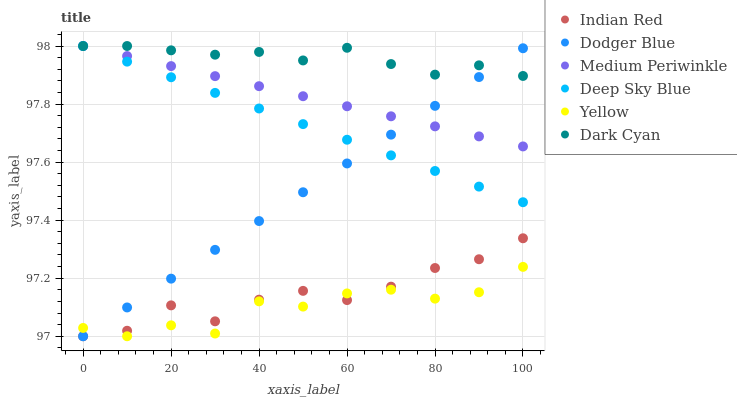
| xaxis_label | Indian Red | Dodger Blue | Medium Periwinkle | Deep Sky Blue | Yellow | Dark Cyan |
 | --- | --- | --- | --- | --- | --- | --- |
 | 0 | 97 | 97 | 98 | 98 | 97 | 98 |
 | 10 | 97 | 97.1 | 98 | 97.9 | 97 | 98 |
 | 20 | 97.1 | 97.2 | 97.9 | 97.9 | 97 | 98 |
 | 30 | 97.1 | 97.3 | 97.9 | 97.8 | 97 | 98 |
 | 40 | 97.1 | 97.4 | 97.9 | 97.8 | 97.1 | 98 |
 | 50 | 97.2 | 97.5 | 97.8 | 97.7 | 97.1 | 98 |
 | 60 | 97.1 | 97.6 | 97.8 | 97.7 | 97.1 | 98 |
 | 70 | 97.2 | 97.7 | 97.8 | 97.6 | 97.2 | 97.9 |
 | 80 | 97.2 | 97.8 | 97.7 | 97.6 | 97.1 | 97.9 |
 | 90 | 97.3 | 97.9 | 97.7 | 97.5 | 97.2 | 97.9 |
 | 100 | 97.3 | 98 | 97.7 | 97.5 | 97.2 | 97.9 |